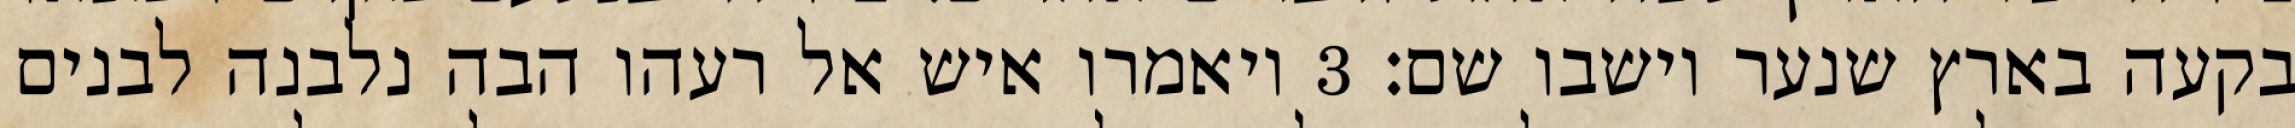
בקעה בארץ שנער וישבו שם׃ ‎3‏ ויאמרו איש אל רעהו הבה נלבנה לבנים